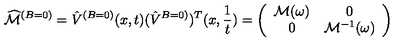
\widehat { { \cal M } } ^ { ( B = 0 ) } = \hat { V } ^ { ( B = 0 ) } ( x , t ) ( \hat { V } ^ { B = 0 ) } ) ^ { T } ( x , { \frac { 1 } { t } } ) = \left( \begin{array} { c c } { { \cal M } ( \omega ) } & { 0 } \\ { 0 } & { { \cal M } ^ { - 1 } ( \omega ) } \\ \end{array} \right)